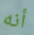
أنه